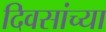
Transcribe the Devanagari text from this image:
दिवसांच्‍या